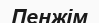
Пенжім